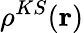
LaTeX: \rho^{KS}(\mathbf{r})